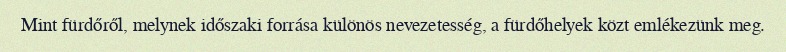
Mint fürdőről, melynek időszaki forrása különös nevezetesség, a fürdőhelyek közt emlékezünk meg.